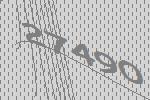
27490